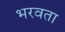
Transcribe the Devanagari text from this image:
भरवता